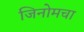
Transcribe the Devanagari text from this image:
जिनोमचा